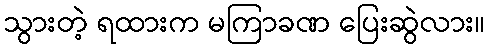
သွားတဲ့ ရထားက မကြာခဏ ပြေးဆွဲလား။